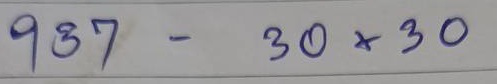
937 - 30x30